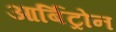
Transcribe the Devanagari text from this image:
आर्बिट्रोन